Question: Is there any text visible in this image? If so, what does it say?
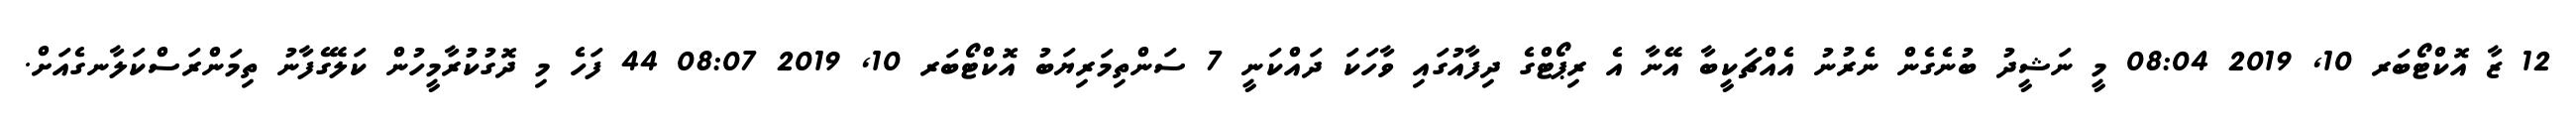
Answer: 12 ޒާ އޮކްޓޯބަރ 10, 2019 08:04 މީ ނަޝީދު ބުނެގެން ނެރުނު އެއްޗަކީބާ އޭނާ އެ ރިޕޯޓްގެ ދިފާއުގައި ވާހަކަ ދައްކަނީ 7 ސަންތިމަރިޔަބު އޮކްޓޯބަރ 10, 2019 08:07 44 ފަހެ މި ދޮގުކުރާމީހުން ކަލޭގެފާނު ތިމަންރަސްކަލާނގެއަށް.